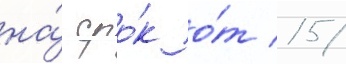
на́ сро́к о́т 15